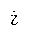
Letter: _kha